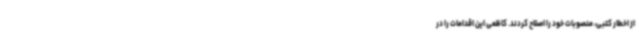
از اخطار کتبی، منصوبات خود را اصلاح کردند. کاظمی این اقدامات را در